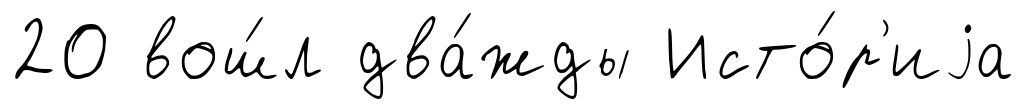
20 вош́л два́жды Исто́р'иjа